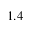
1 . 4